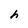
Character: h